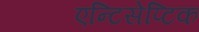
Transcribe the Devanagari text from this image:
एन्टिसेप्टिक